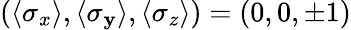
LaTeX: (\langle\sigma_{x}\rangle,\langle\sigma_{\mathbf{y}}\rangle,\langle\sigma_{z}\rangle)=(0,0,\pm1)